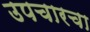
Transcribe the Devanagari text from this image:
उपचारचा